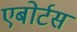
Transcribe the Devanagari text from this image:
एबोर्टस